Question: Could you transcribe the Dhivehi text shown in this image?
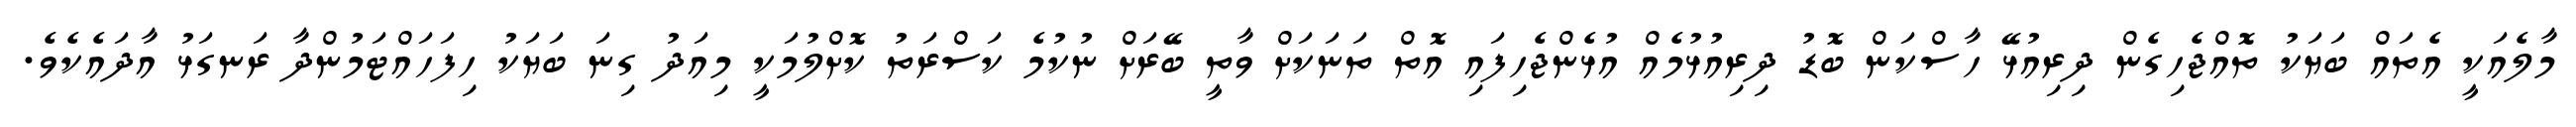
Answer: މާލެއަކީ އެތައް ބަޔަކު ތޮއްޖެހިގެން ދިރިއުޅޭ ހާސްކަން ބޮޑު ދިރިއުޅުމެއް އުޅެންޖެހިފައި އޮތް ތަނަކަށް ވާތީ ބޭރަށް ނުކުމެ ކަސްރަތު ކޮށްލުމަކީ މިއަދު ގިނަ ބަޔަކު ހިފަހައްޓަމުންދާ ރަނގަޅު އާދައެކެވެ.